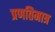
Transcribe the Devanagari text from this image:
प्रणतिमात्र